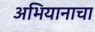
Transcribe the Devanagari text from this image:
अभियानाचा